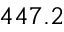
4 4 7 . 2